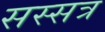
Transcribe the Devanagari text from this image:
सस्सत्र